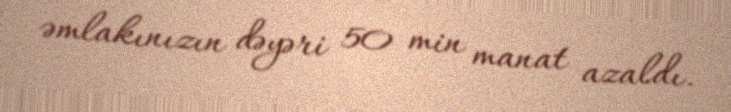
əmlakınızın dəyəri 50 min manat azaldı.